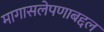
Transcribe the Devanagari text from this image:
मागासलेपणाबद्दल